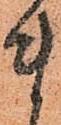
ま